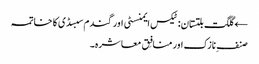
← گلگت بلتستان: ٹیکس ایمنسٹی اور گندم سبسڈی کا خاتمہ
صنفِ نازک اور منافِق معاشرہ۔